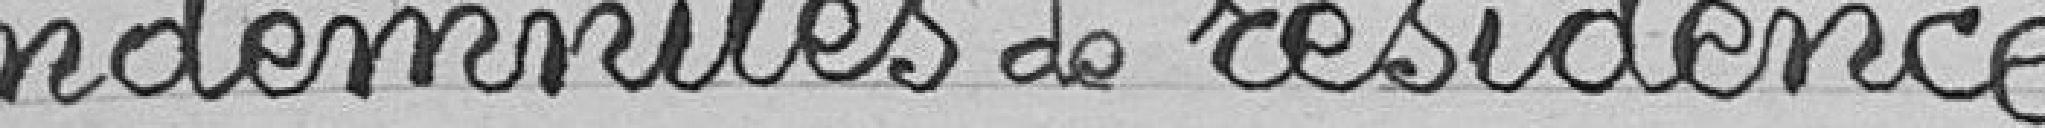
indemnités de résidence